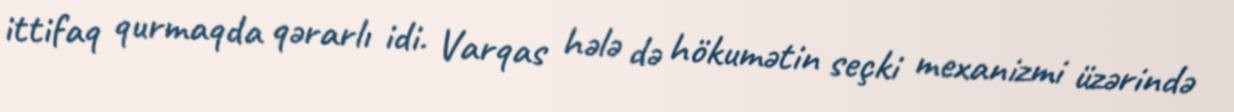
ittifaq qurmaqda qərarlı idi. Varqas hələ də hökumətin seçki mexanizmi üzərində